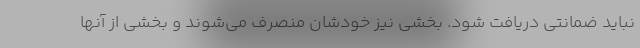
نباید ضمانتی دریافت شود. بخشی نیز خودشان منصرف می‌شوند و بخشی از آنها